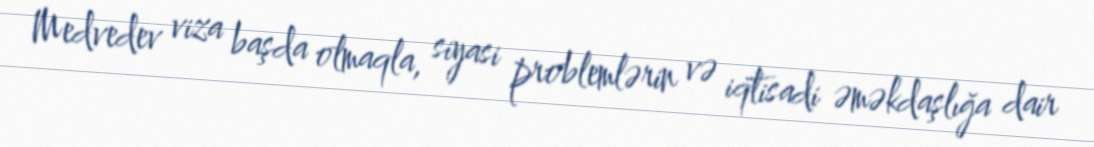
Medvedev viza başda olmaqla, siyasi problemlərin və iqtisadi əməkdaşlığa dair